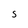
Character: S